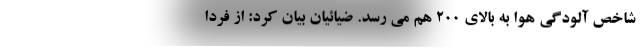
شاخص آلودگی هوا به بالای ۲۰۰ هم می رسد. ضیائیان بیان کرد: از فردا